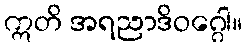
ဣတိ အရညာဒိဝဂ္ဂေါ။